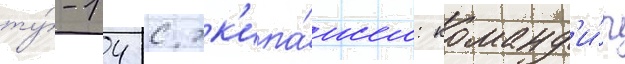
ту́-14 с эк'ипа́жем: команд'и́р